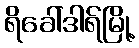
ရိခေါ်ဒါရ်မြို့